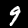
Label: 9